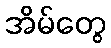
အိမ်တွေ